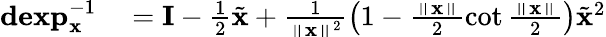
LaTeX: \begin{array}{rl}{\mathbf{dexp}_{\mathbf{x}}^{-1}}&{{}=\mathbf{I}-\frac{1}{2}\tilde{\mathbf{x}}+\frac{1}{\left\Vert\mathbf{x}\right\Vert^{2}}\left(1-\frac{\left\Vert\mathbf{x}\right\Vert}{2}\cot\frac{\left\Vert\mathbf{x}\right\Vert}{2}\right)\tilde{\mathbf{x}}^{2}}\end{array}